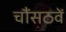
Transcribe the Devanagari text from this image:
चौंसठवें